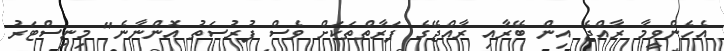
އެހެންވީމާ ރާއްޖެ އިން ބޭރާއި ރާއްޖޭގެ ފަރާތްތަކަށް ވެސް ފުރުސަތު އޮންނާނެ" މިނިސްޓަރު